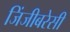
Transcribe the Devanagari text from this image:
जिंजीबरेसी